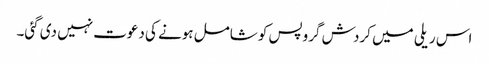
اس ریلی میں کردش گروپس کو شامل ہونے کی دعوت نہیں دی گئی۔